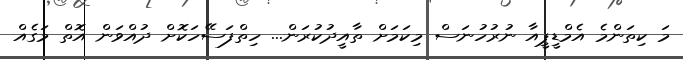
މަ ކިތަންމެ އެމްޑީޕީއާ ނުރުހުނަސް މިކަމަށް ތާއީދުކުރަން... ހިތްފަސޭހަކޮށް ދުއްވަން އޮތް މަގެއް